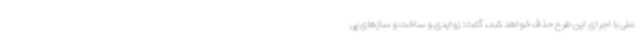
ملی با اجرای این طرح حذف خواهد شد، گفت: زوایدی و ساخت و سازهای پی